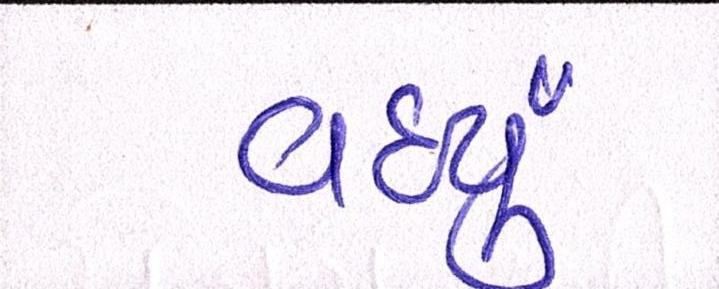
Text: વધ્યું